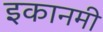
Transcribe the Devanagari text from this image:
इकानमी